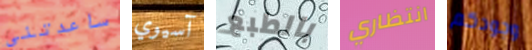
ساعدتنى آسيوي بالطبع انتظاري وجودكم